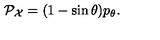
{ \cal P } _ { \cal X } = ( 1 - \sin \theta ) p _ { \theta } .